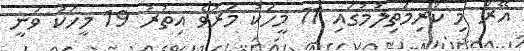
އޭރު މި ކުރިމަތިލުމުގައި 11 މީހަކު މަރުވެ އިތުރު 19 މީހަކު ވަނީ